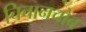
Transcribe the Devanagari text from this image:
चिचानचोब